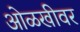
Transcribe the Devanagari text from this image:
ओळखीवर